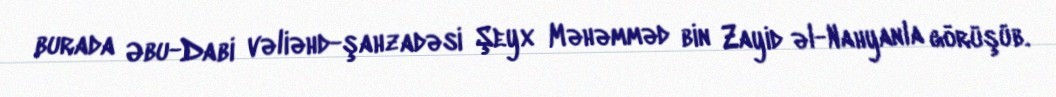
burada Əbu-Dabi vəliəhd-şahzadəsi Şeyx Məhəmməd bin Zayid əl-Nahyanla görüşüb.